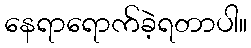
နေရာရောက်ခဲ့ရတာပါ။